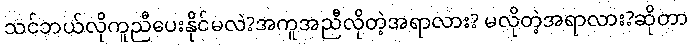
သင်ဘယ်လိုကူညီပေးနိုင်မလဲ?အကူအညီလိုတဲ့အရာလား? မလိုတဲ့အရာလား?ဆိုတာ